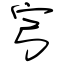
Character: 宆